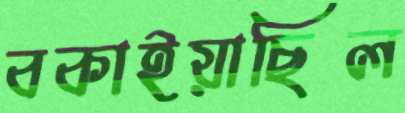
বকাইয়াছিল